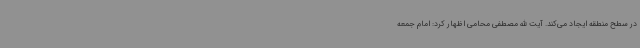
در سطح منطقه ایجاد می‌کند. آیت الله مصطفی محامی اظهار کرد: امام جمعه